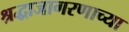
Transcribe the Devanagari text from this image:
श्रद्धाजागरणाच्या